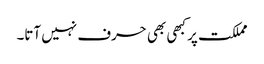
مملکت پر کبھی بھی حرف نہیں آتا۔